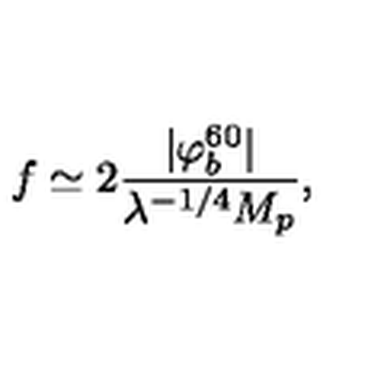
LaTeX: f \simeq 2 { \frac { | \varphi _ { b } ^ { 6 0 } | } { \lambda ^ { - 1 / 4 } M _ { p } } } ,